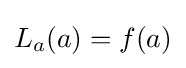
L_{a}(a)=f(a)